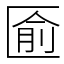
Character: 匬